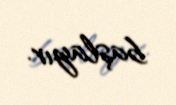
başlayır.